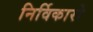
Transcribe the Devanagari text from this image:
निर्विकारो